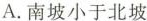
A.南坡小于北坡